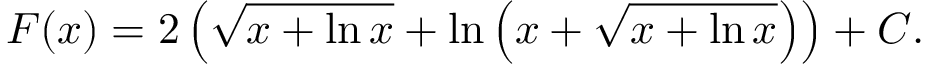
F ( x ) = 2 \left( { \sqrt { x + \ln x } } + \ln \left( x + { \sqrt { x + \ln x } } \right) \right) + C .